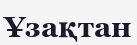
Ұзақтан